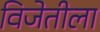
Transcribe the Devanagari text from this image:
विजेतीला